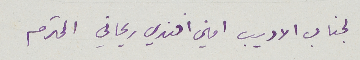
لجانب الاديب امين افندي ريحاني المحترم